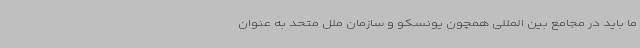
ما باید در مجامع بین المللی همچون یونسکو و سازمان ملل متحد به عنوان